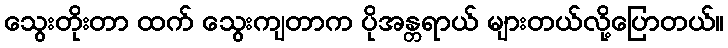
သွေးတိုးတာ ထက် သွေးကျတာက ပိုအန္တရာယ် များတယ်လို့ပြောတယ်။